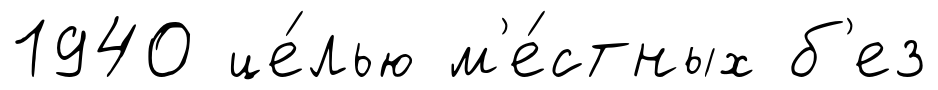
1940 це́лью м'е́стных б'ез